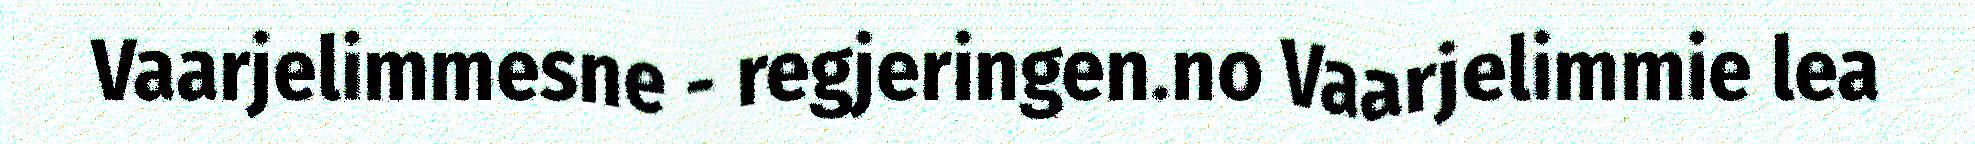
Vaarjelimmesne - regjeringen.no Vaarjelimmie lea